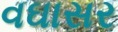
વઘાસર